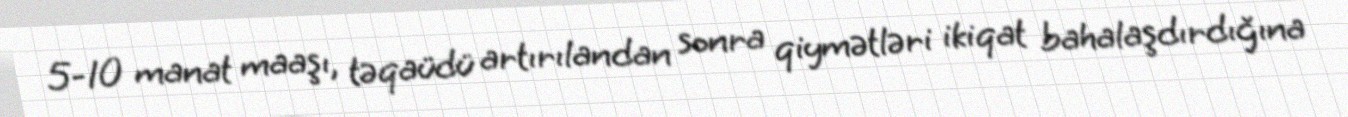
5-10 manat maaşı, təqaüdü artırılandan sonra qiymətləri ikiqat bahalaşdırdığına